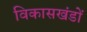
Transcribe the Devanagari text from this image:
विकासखंडों